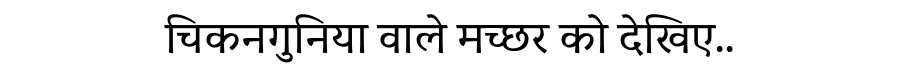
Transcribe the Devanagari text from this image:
चिकनगुनिया वाले मच्छर को देखिए..